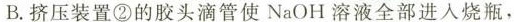
B.挤压装置②的胶头滴管使NaOH溶液全部进入烧瓶，